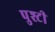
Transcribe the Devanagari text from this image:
पुश्टी